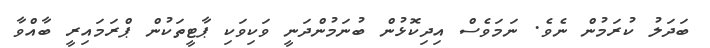
ބަދަލު ކުރަމުން ނެވެ. ނަމަވެސް އިދިކޮޅުން ބުނަމުންދަނީ ވަކިވަކި ޕާޓީތަކުން ޕްރަމައިރީ ބާއްވާ